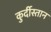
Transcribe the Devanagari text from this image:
कुर्दीस्तान